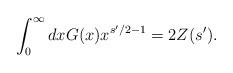
LaTeX: \begin{align*}\int_0^\infty dx G (x) x^{s'/2 - 1} = 2 Z(s').\end{align*}